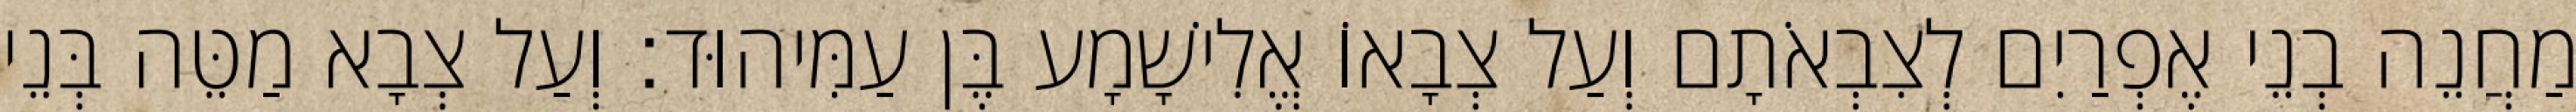
מַחֲנֵה בְנֵי אֶפְרַיִם לְצִבְאֹתָם וְעַל צְבָאוֹ אֱלִישָׁמָע בֶּן עַמִּיהוּד׃ וְעַל צְבָא מַטֵּה בְּנֵי